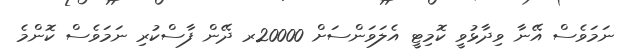
ނަމަވެސް އޭނާ ވިދާޅުވީ ކޮމިޓީ އެލަވަންސަށް 20000ރ ދޭން ފާސްކުރި ނަމަވެސް ކޮންމެ